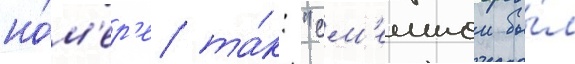
но́м'ер'е та́к: "см'ешнои бы́л